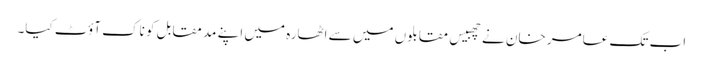
اب تک عامر خان نے چھبیس مقابلوں میں سے اٹھارہ میں اپنے مد مقابل کو ناک آؤٹ کیا۔